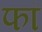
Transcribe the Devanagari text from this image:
फां